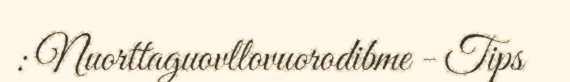
: Nuorttaguovllovuorodibme - Tips